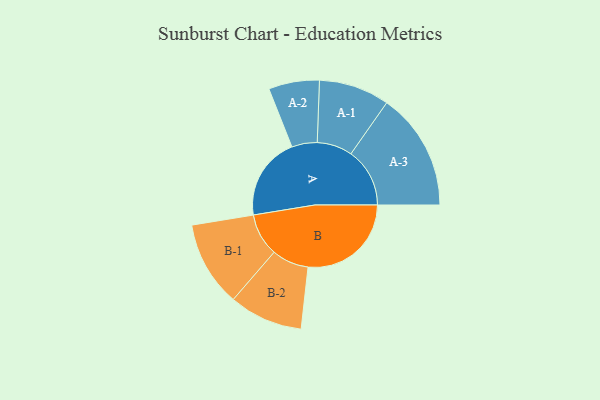
{"axis": {"x": "Segment", "y": "Value"}, "legend": ["", "A", "B"], "data": [{"x": "A", "y": 360, "type": ""}, {"x": "B", "y": 447, "type": ""}, {"x": "A-1", "y": 153, "type": "A"}, {"x": "A-2", "y": 110, "type": "A"}, {"x": "A-3", "y": 255, "type": "A"}, {"x": "B-1", "y": 185, "type": "B"}, {"x": "B-2", "y": 160, "type": "B"}]}